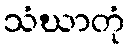
သံဃာတုံ